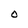
Character: O